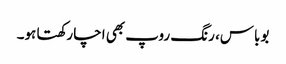
بوباس، رنگ روپ بھی اچا رکھتا ہو۔